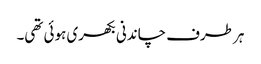
ہر طرف چاندنی بکھری ہوئی تھی۔